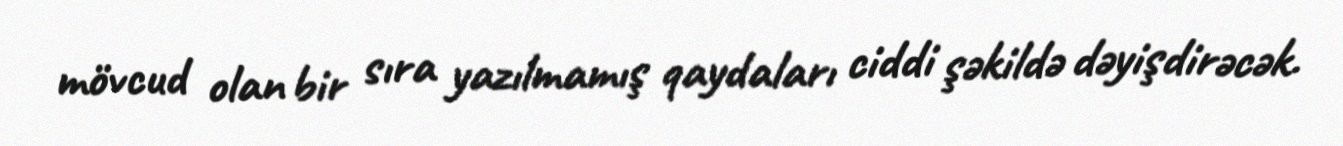
mövcud olan bir sıra yazılmamış qaydaları ciddi şəkildə dəyişdirəcək.